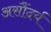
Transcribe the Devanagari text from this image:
असौंदर्य